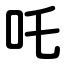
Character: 吒